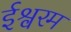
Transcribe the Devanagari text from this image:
ईश्वरम